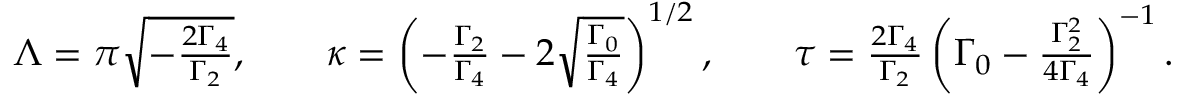
\begin{array} { r } { \Lambda = \pi \sqrt { - \frac { 2 \Gamma _ { 4 } } { \Gamma _ { 2 } } } , \qquad \kappa = \left( - \frac { \Gamma _ { 2 } } { \Gamma _ { 4 } } - 2 \sqrt { \frac { \Gamma _ { 0 } } { \Gamma _ { 4 } } } \right) ^ { 1 / 2 } , \qquad \tau = \frac { 2 \Gamma _ { 4 } } { \Gamma _ { 2 } } \left( \Gamma _ { 0 } - \frac { \Gamma _ { 2 } ^ { 2 } } { 4 \Gamma _ { 4 } } \right) ^ { - 1 } . } \end{array}